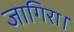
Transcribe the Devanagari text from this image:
जागिरा।